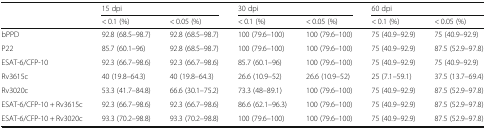
<table><thead><tr><td></td><td colspan="2"><b>15 dpi</b></td><td colspan="2"><b>30 dpi</b></td><td colspan="2"><b>60 dpi</b></td></tr><tr><td></td><td><b>&lt; 0.1 (%)</b></td><td><b>&lt; 0.05 (%)</b></td><td><b>&lt; 0.1 (%)</b></td><td><b>&lt; 0.05 (%)</b></td><td><b>&lt; 0.1 (%)</b></td><td><b>&lt; 0.05 (%)</b></td></tr></thead><tbody><tr><td>bPPD</td><td>92.8 (68.5–98.7)</td><td>92.8 (68.5–98.7)</td><td>100 (79.6–100)</td><td>100 (79.6–100)</td><td>75 (40.9–92.9)</td><td>75 (40.9–92.9)</td></tr><tr><td>P22</td><td>85.7 (60.1–96)</td><td>92.8 (68.5–98.7)</td><td>100 (79.6–100)</td><td>100 (79.6–100)</td><td>75 (40.9–92.9)</td><td>87.5 (52.9–97.8)</td></tr><tr><td>ESAT-6/CFP-10</td><td>92.3 (66.7–98.6)</td><td>92.3 (66.7–98.6)</td><td>85.7 (60.1–96)</td><td>100 (79.6–100)</td><td>75 (40.9–92.9)</td><td>75 (40.9–92.9)</td></tr><tr><td>Rv3615c</td><td>40 (19.8–64.3)</td><td>40 (19.8–64.3)</td><td>26.6 (10.9–52)</td><td>26.6 (10.9–52)</td><td>25 (7.1–59.1)</td><td>37.5 (13.7–69.4)</td></tr><tr><td>Rv3020c</td><td>53.3 (41.7–84.8)</td><td>66.6 (30.1–75.2)</td><td>73.3 (48–89.1)</td><td>100 (79.6–100)</td><td>75 (40.9–92.9)</td><td>87.5 (52.9–97.8)</td></tr><tr><td>ESAT-6/CFP-10 + Rv3615c</td><td>92.3 (66.7–98.6)</td><td>92.3 (66.7–98.6)</td><td>86.6 (62.1–96.3)</td><td>100 (79.6–100)</td><td>75 (40.9–92.9)</td><td>87.5 (52.9–97.8)</td></tr><tr><td>ESAT-6/CFP-10 + Rv3020c</td><td>93.3 (70.2–98.8)</td><td>93.3 (70.2–98.8)</td><td>100 (79.6–100)</td><td>100 (79.6–100)</td><td>75 (40.9–92.9)</td><td>87.5 (52.9–97.8)</td></tr></tbody></table>